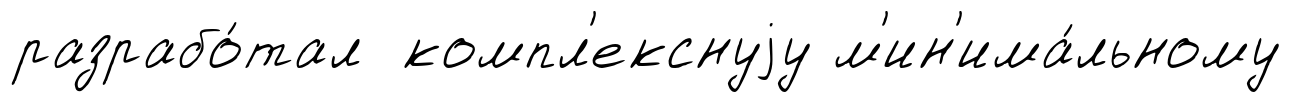
разрабо́тал компл'екснуjу м'ин'има́льному